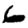
Digit: 6